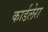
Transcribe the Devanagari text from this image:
कार्डलेरा